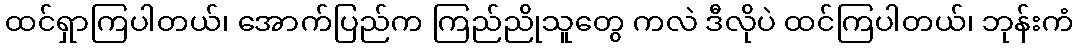
ထင်ရှာကြပါတယ်၊ အောက်ပြည်က ကြည်ညိုသူတွေ ကလဲ ဒီလိုပဲ ထင်ကြပါတယ်၊ ဘုန်းကံ